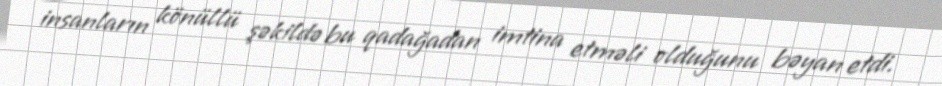
insanların könüllü şəkildə bu qadağadan imtina etməli olduğunu bəyan etdi.